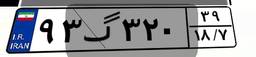
۸۶گ۷۴۴۹۲